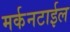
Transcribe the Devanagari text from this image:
मर्कनटाईल